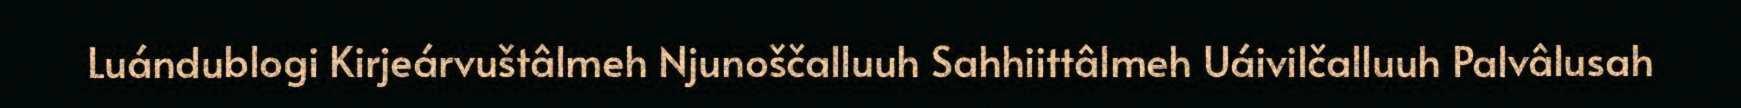
Luándublogi Kirjeárvuštâlmeh Njunoščalluuh Sahhiittâlmeh Uáivilčalluuh Palvâlusah